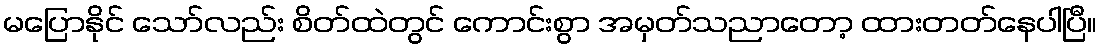
မပြောနိုင် သော်လည်း စိတ်ထဲတွင် ကောင်းစွာ အမှတ်သညာတော့ ထားတတ်နေပါပြီ။